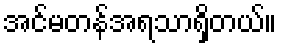
အင်မတန်အရသာရှိတယ်။